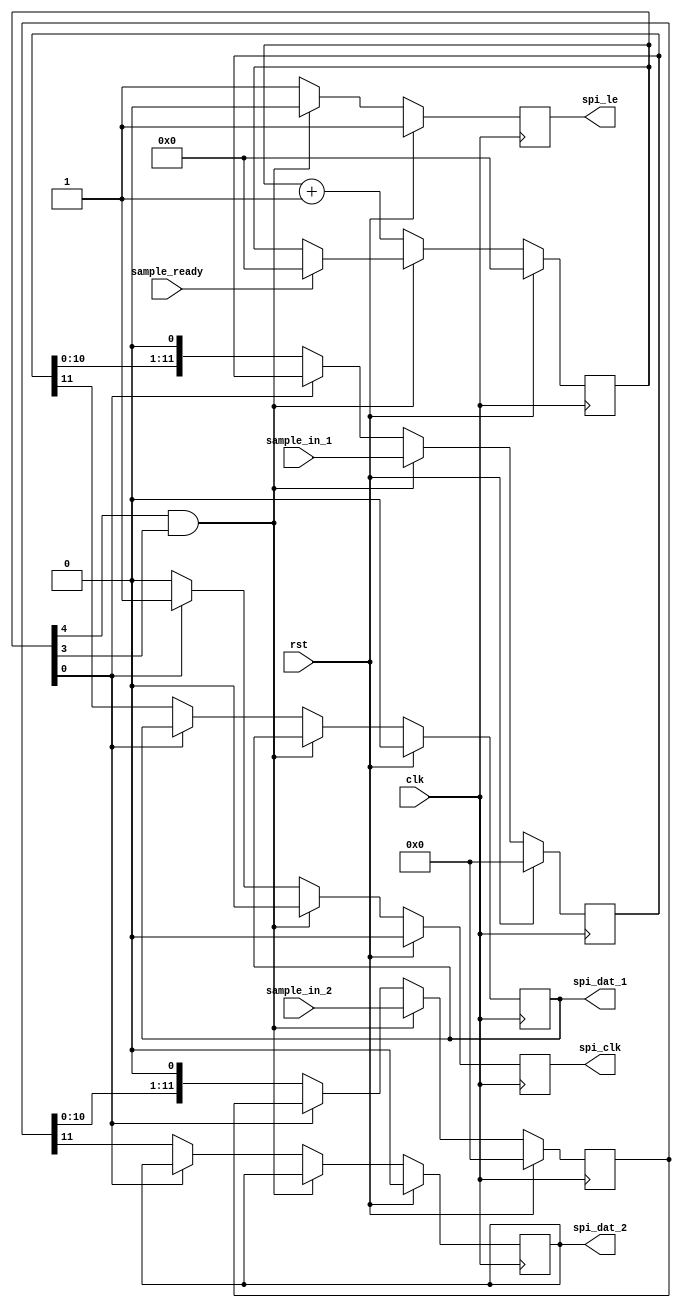
/*
 * This is the interface to the external DAC (DAC7611)
 *
 * Outputs LE, CLK and DATA signals for the SPI link
*/

`default_nettype none

module spi_dac_i(
	input [11:0] sample_in_1,
	input [11:0] sample_in_2,
	
	input clk,
	input rst,
	
	output reg spi_le,
	output reg spi_clk,
	output reg spi_dat_1,
	output reg spi_dat_2,
	input sample_ready
);

reg [11:0] spi_dat_buff_0;
reg [11:0] spi_dat_buff_1;
reg [5:0] counter;

always @(posedge clk) begin
	if(rst) begin
		spi_le <= 1;
		spi_clk <= 0;
		spi_dat_1 <= 0;
		spi_dat_2 <= 0;
		counter <= 0;
		spi_dat_buff_0 <= 0;
		spi_dat_buff_1 <= 0;
	end else begin
		//DAC7611 mode
		if(counter[4] && counter[3]) begin
			//Load next sample & reset counter
			spi_dat_buff_0 <= sample_in_1;
			spi_dat_buff_1 <= sample_in_2;
			if(sample_ready) counter <= 0;
			spi_clk <= 0;
			//Pulse LEb
			spi_le <= 0;
		end else begin
			spi_le <= 1;
			counter <= counter + 1;
			if(counter[0]) begin
				//Clock in current bit
				spi_clk <= 1;
			end else begin
				//Shift out next bit
				spi_dat_1 <= spi_dat_buff_0[11];
				spi_dat_2 <= spi_dat_buff_1[11];
				spi_dat_buff_0 <= {spi_dat_buff_0[10:0], 1'b0};
				spi_dat_buff_1 <= {spi_dat_buff_1[10:0], 1'b0};
				spi_clk <= 0;
			end
		end
	end
end

endmodule